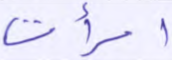
امرأت